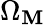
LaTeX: \Omega_{\mathbf{M}}